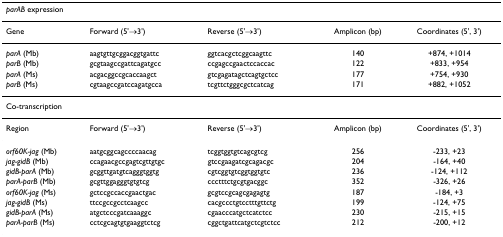
<table><thead><tr><td colspan="5"><b><i>parAB </i>expression</b></td></tr></thead><tbody><tr><td>Gene</td><td>Forward (5&#x27;→3&#x27;)</td><td>Reverse (5&#x27;→3&#x27;)</td><td>Amplicon (bp)</td><td>Coordinates (5&#x27;, 3&#x27;)</td></tr><tr><td><i>parA </i>(Mb)</td><td>aagtgttgcggacggtgattc</td><td>ggtcacgctcggcaagttc</td><td>140</td><td>+874, +1014</td></tr><tr><td><i>parB </i>(Mb)</td><td>gcgtaagccgattcagatgcc</td><td>ccgagccgaactccaccac</td><td>122</td><td>+833, +954</td></tr><tr><td><i>parA </i>(Ms)</td><td>acgacggccgcaccaagct</td><td>gtcgagatagctcagtgctcc</td><td>177</td><td>+754, +930</td></tr><tr><td><i>parB </i>(Ms)</td><td>cgtaagccgatccagatgcca</td><td>tcgttctgggcgctcatcag</td><td>171</td><td>+882, +1052</td></tr><tr><td colspan="5">Co-transcription</td></tr><tr><td>Region</td><td>Forward (5&#x27;→3&#x27;)</td><td>Reverse (5&#x27;→3&#x27;)</td><td>Amplicon (bp)</td><td>Coordinates (5&#x27;, 3&#x27;)</td></tr><tr><td><i>orf60K-jag </i>(Mb)</td><td>aatgcggcagccccaacag</td><td>tcggtggtgtcagcgtcg</td><td>256</td><td>-233, +23</td></tr><tr><td><i>jag-gidB </i>(Mb)</td><td>ccagaacgccgagtcgttgtgc</td><td>gtccgaagatcgcagacgc</td><td>204</td><td>-164, +40</td></tr><tr><td><i>gidB-parA </i>(Mb)</td><td>gcggttgatgtcagggtggtg</td><td>cgtcggtgtcggtggtgtc</td><td>236</td><td>-124, +112</td></tr><tr><td><i>parA-parB </i>(Mb)</td><td>gcgttggagggtgtgtcg</td><td>ccctttctgcgtgacggc</td><td>352</td><td>-326, +26</td></tr><tr><td><i>orf60K-jag </i>(Ms)</td><td>gctccgccaccgaactgac</td><td>gcgtccgcagcgagagtg</td><td>187</td><td>-184, +3</td></tr><tr><td><i>jag-gidB </i>(Ms)</td><td>ttccgccgcctcaagcc</td><td>cacgccctgtcctttgttctg</td><td>199</td><td>-124, +75</td></tr><tr><td><i>gidB-parA </i>(Ms)</td><td>atgctcccgatcaaaggc</td><td>cgaacccatgctcatctcc</td><td>230</td><td>-215, +15</td></tr><tr><td><i>parA-parB </i>(Ms)</td><td>cctcgcagtgtgaaggtctcg</td><td>cggctgattcatgctcgtctcc</td><td>212</td><td>-200, +12</td></tr></tbody></table>